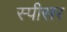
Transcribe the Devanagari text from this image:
स्पीसर